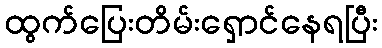
ထွက်ပြေးတိမ်းရှောင်နေရပြီး